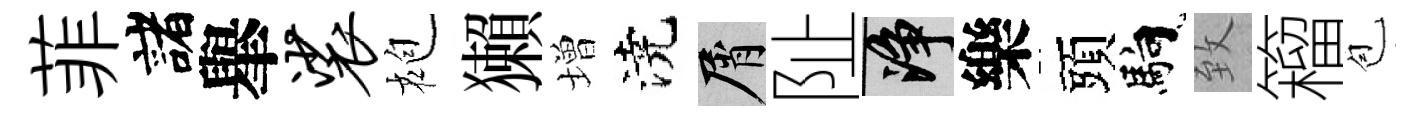
菲諸𦦙裟袍獺増澆屑阯净樂頭馿致籕苞